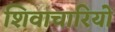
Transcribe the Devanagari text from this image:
शिवाचारियों